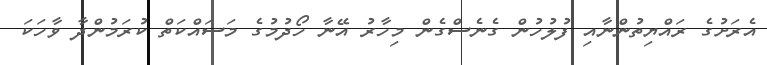
އެރަށުގެ ރައްޔިތުންނާއި ފުލުހުން ގެނެސްގެން މިހާރު އޭނާ ހޯދުމުގެ މަސައްކަތް ކުރަމުންދާ ވާހަކަ